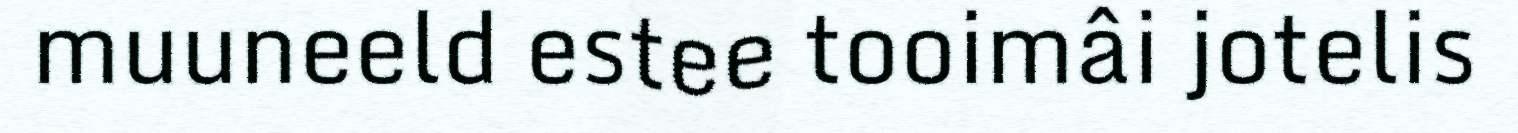
muuneeld estee tooimâi jotelis